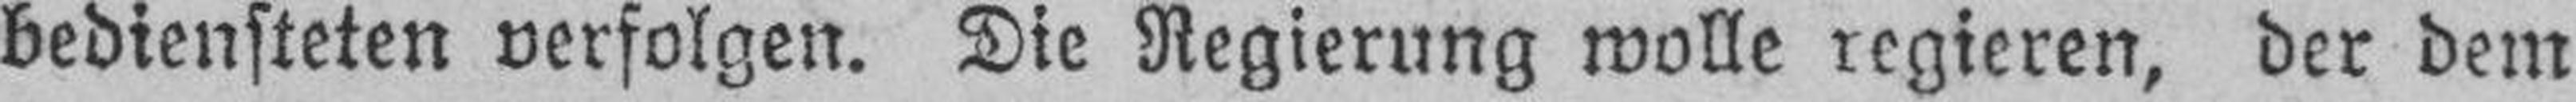
bediensteten verfolgen. Die Regierung wolle regieren, der dem